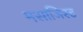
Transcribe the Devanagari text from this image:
मसाजिस्ट